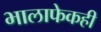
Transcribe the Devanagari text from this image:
भालाफेकही